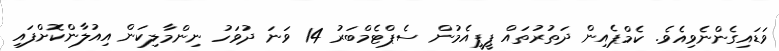
ވަޑައިގެންނެވިއެވެ. ކެމްޕެއިން ދަތުރުތައް ޕީޕީއެމުން ސެޕްޓެމްބަރު 14 ވަނަ ދުވަހު ނިންމާލިކަން އިއުލާންކޮށްފައި